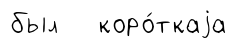
был коро́ткаjа